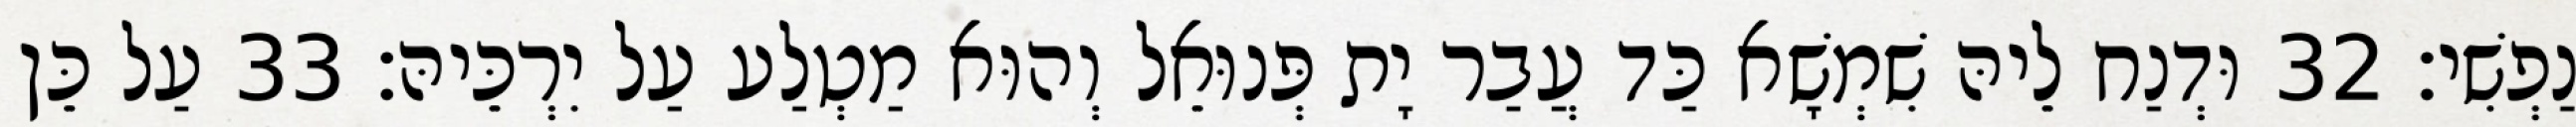
נַפְשִׁי׃ 32 וּדְנַח לֵיהּ שִׁמְשָׁא כַּד עֲבַר יָת פְּנוּאֵל וְהוּא מַטְלַע עַל יִרְכֵּיהּ׃ 33 עַל כֵּן